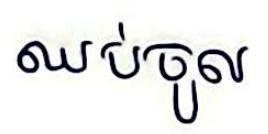
ឈប់ចូល